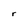
Character: r